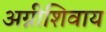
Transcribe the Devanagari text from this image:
अग्नीशिवाय